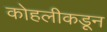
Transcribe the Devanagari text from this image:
कोहलीकडून